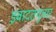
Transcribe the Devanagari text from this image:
इबादतगुजार